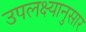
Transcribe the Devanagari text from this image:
उपलक्ष्यानुसार